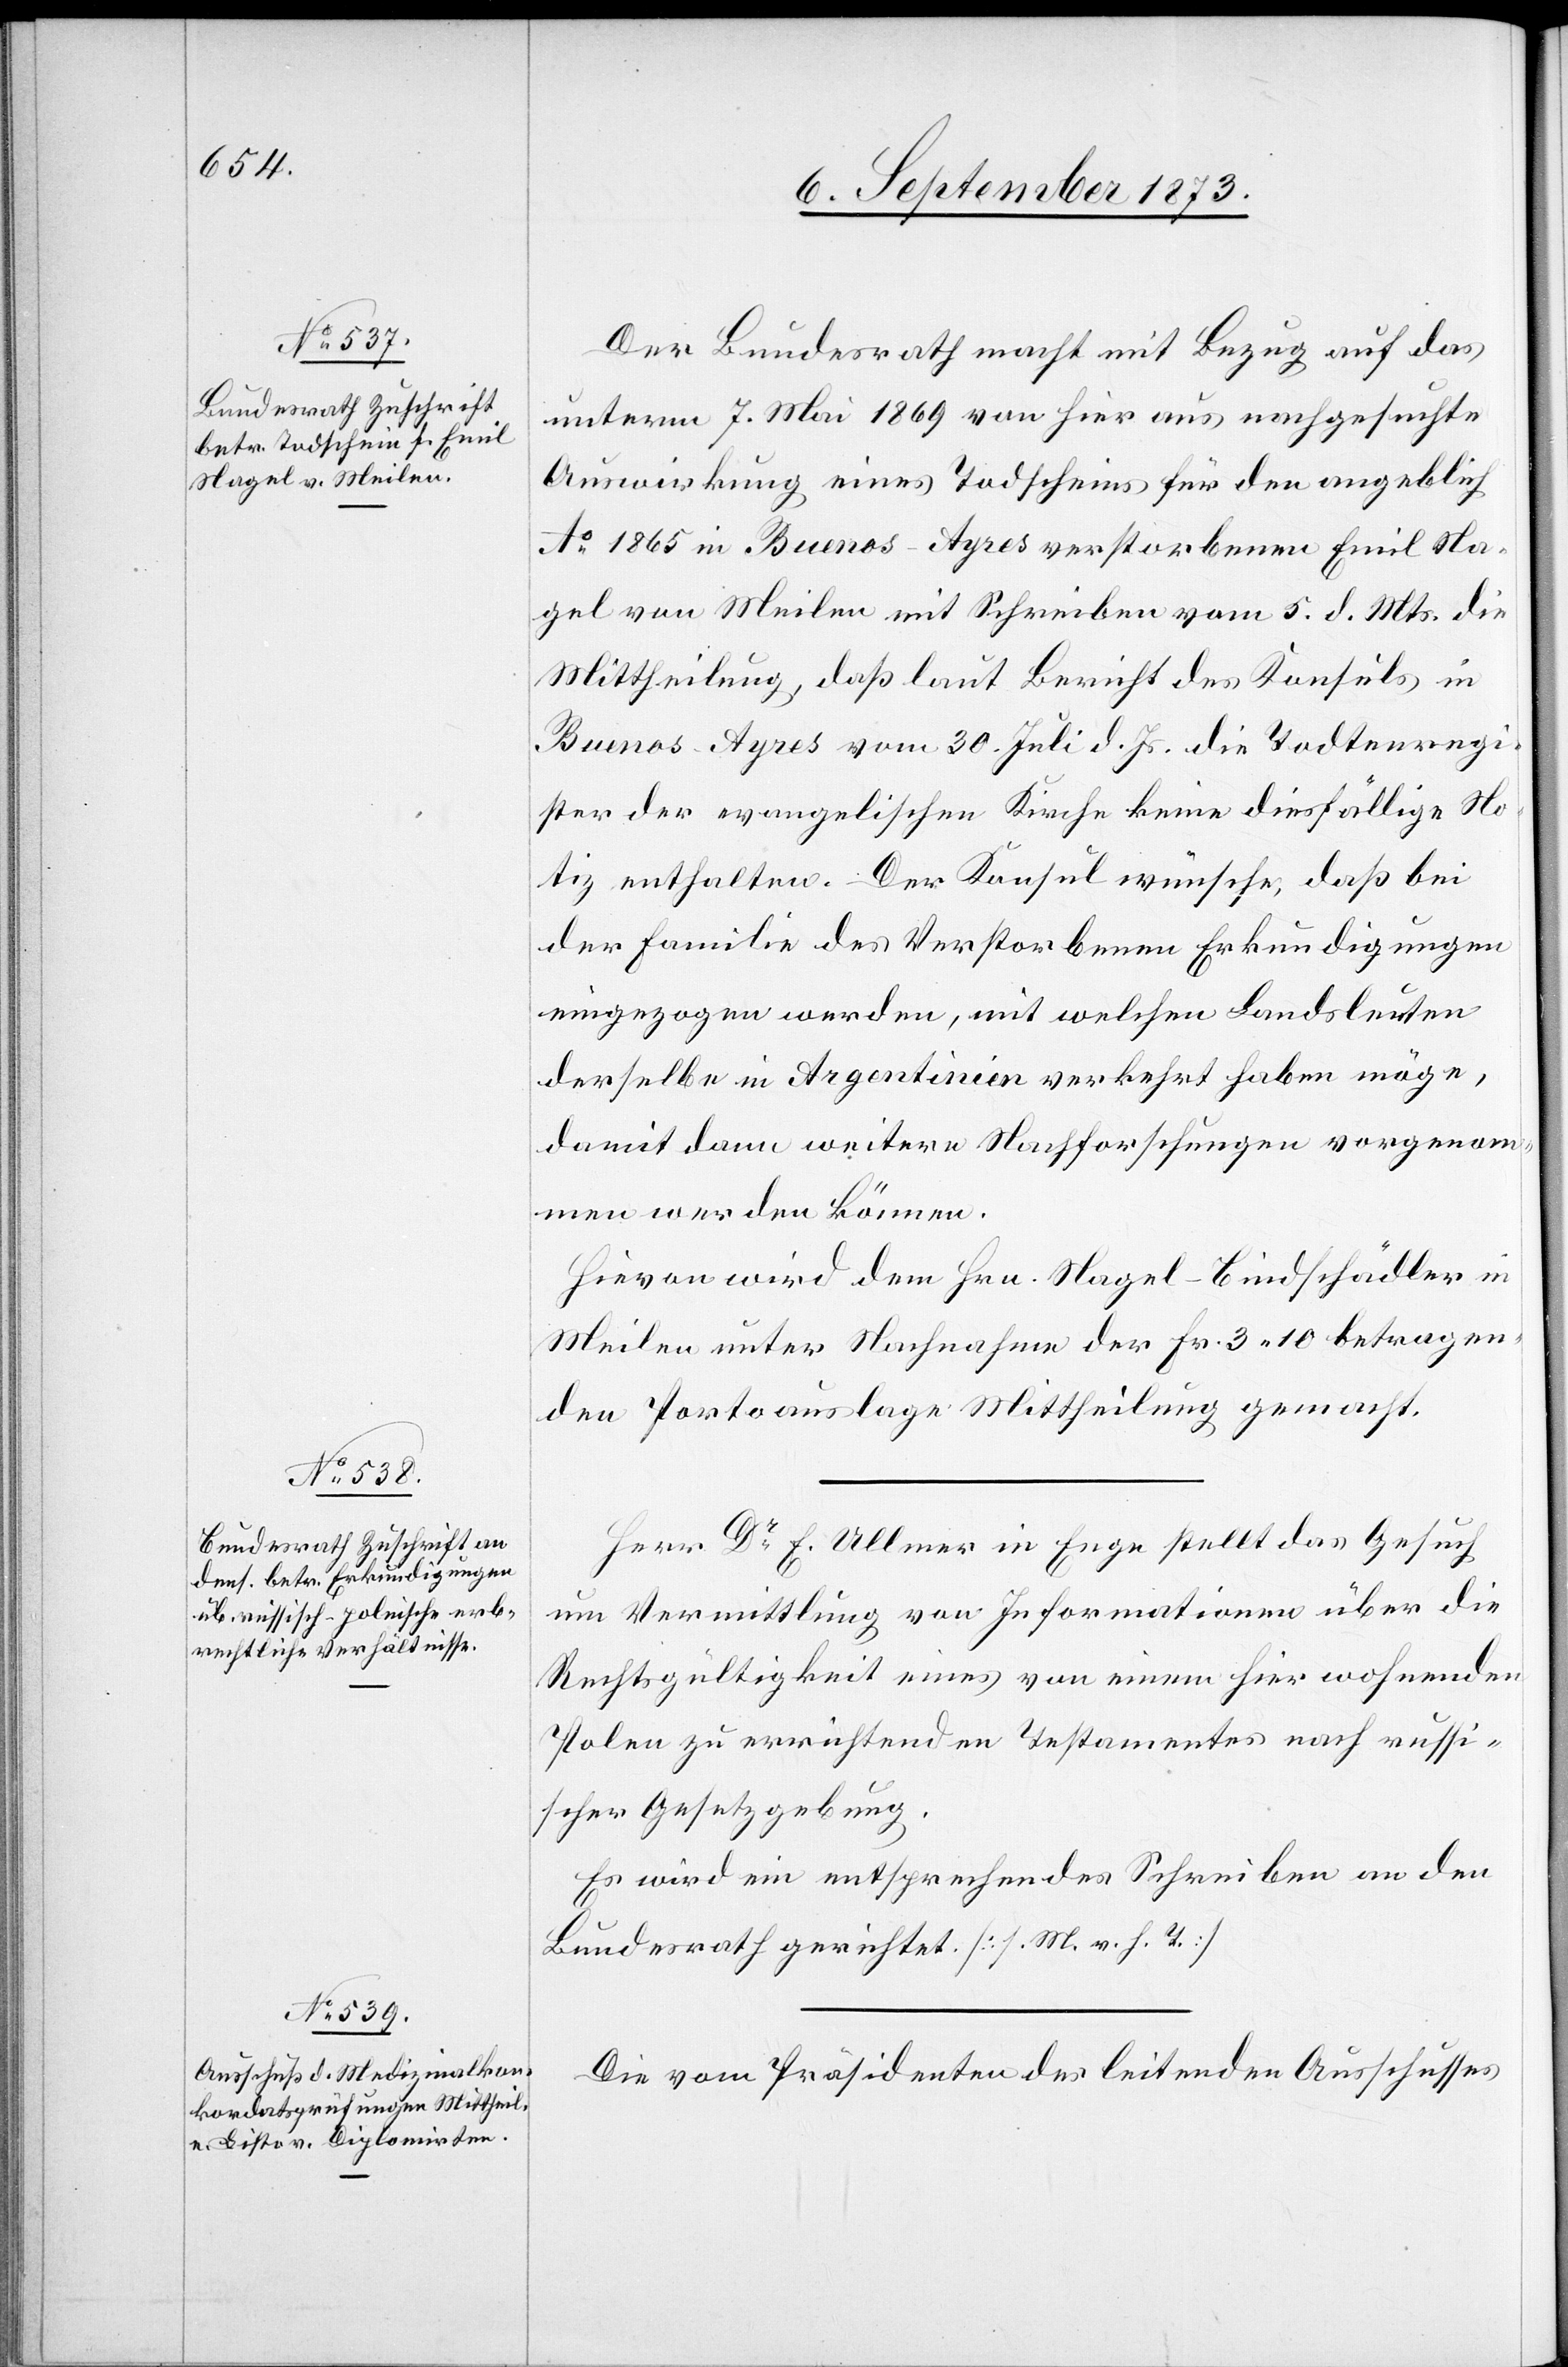
10. September 1873.]
Der Bundesrath macht mit Bezug auf das
unterm 7. Mai 1869 von hier aus nachgesuchte
Auswirkung [sic!] eines Todscheins für den angeblich
Ao 1865 in Buenos-Ayres verstorbenen Emil Na¬
gel von Meilen mit Schreiben vom 5. d. Mts. die
Mittheilung, daß laut Bericht des Konsuls in
Buenos-Ayres vom 30. Juli d. Js. die Todtenregi¬
ster der evangelischen Kirche keine diesfällige No¬
tiz enthalten. Der Konsul wünsche, daß bei
der Familie des Verstorbenen Erkundigungen
eingezogen werden, mit welchen Landsleuten
derselbe in Argentinien verkehrt haben möge,
damit dann weitere Nachforschungen vorgenom¬
men werden können.
Hievon wird dem Hrn. Nagel-Bindschädler in
Meilen unter Nachnahme der Fr. 3 10 betragen¬
den Portoauslage Mittheilung gemacht.
Herr Dr E. Ullmer in Enge stellt das Gesuch
um Vermittlung von Informationen über die
Rechtsgültigkeit eines von einem hier wohnenden
Polen zu errichtenden Testamentes nach russi¬
scher Gesetzgebung.
Es wird ein entsprechendes Schreiben an den
Bundesrath gerichtet [s. M. v. h. T.]
Die vom Präsidenten des leitenden Ausschusses